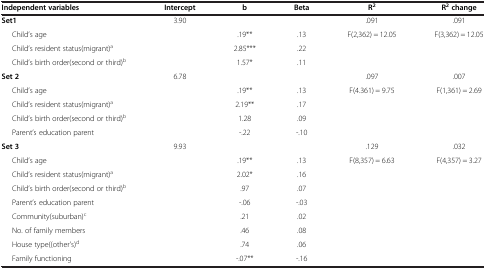
<table><thead><tr><td><b>Independent variables</b></td><td><b>Intercept</b></td><td><b>b</b></td><td><b>Beta</b></td><td><b>R<sup>2</sup></b></td><td><b>R<sup>2 </sup>change</b></td></tr></thead><tbody><tr><td><b>Set1</b></td><td>3.90</td><td> </td><td> </td><td>.091</td><td>.091</td></tr><tr><td>Child’s age</td><td> </td><td>.19**</td><td>.13</td><td>F(2,362) = 12.05</td><td>F(3,362) = 12.05</td></tr><tr><td>Child’s resident status(migrant)<sup>a</sup></td><td> </td><td>2.85***</td><td>.22</td><td> </td><td> </td></tr><tr><td>Child’s birth order(second or third)<sup>b</sup></td><td> </td><td>1.57*</td><td>.11</td><td> </td><td> </td></tr><tr><td><b>Set 2</b></td><td>6.78</td><td> </td><td> </td><td>.097</td><td>.007</td></tr><tr><td>Child’s age</td><td> </td><td>.19**</td><td>.13</td><td>F(4.361) = 9.75</td><td>F(1,361) = 2.69</td></tr><tr><td>Child’s resident status(migrant)<sup>a</sup></td><td> </td><td>2.19**</td><td>.17</td><td> </td><td> </td></tr><tr><td>Child’s birth order(second or third)<sup>b</sup></td><td> </td><td>1.28</td><td>.09</td><td> </td><td> </td></tr><tr><td>Parent’s education parent</td><td> </td><td>-.22</td><td>-.10</td><td> </td><td> </td></tr><tr><td><b>Set 3</b></td><td>9.93</td><td> </td><td> </td><td>.129</td><td>.032</td></tr><tr><td>Child’s age</td><td> </td><td>.19**</td><td>.13</td><td>F(8,357) = 6.63</td><td>F(4,357) = 3.27</td></tr><tr><td>Child’s resident status(migrant)<sup>a</sup></td><td> </td><td>2.02*</td><td>.16</td><td> </td><td> </td></tr><tr><td>Child’s birth order(second or third)<sup>b</sup></td><td> </td><td>.97</td><td>.07</td><td> </td><td> </td></tr><tr><td>Parent’s education parent</td><td> </td><td>-.06</td><td>-.03</td><td> </td><td> </td></tr><tr><td>Community(suburban)<sup>c</sup></td><td> </td><td>.21</td><td>.02</td><td> </td><td> </td></tr><tr><td>No. of family members</td><td> </td><td>.46</td><td>.08</td><td> </td><td> </td></tr><tr><td>House type((other’s)<sup>d</sup></td><td> </td><td>.74</td><td>.06</td><td> </td><td> </td></tr><tr><td>Family functioning</td><td> </td><td>-.07**</td><td>-.16</td><td> </td><td> </td></tr></tbody></table>